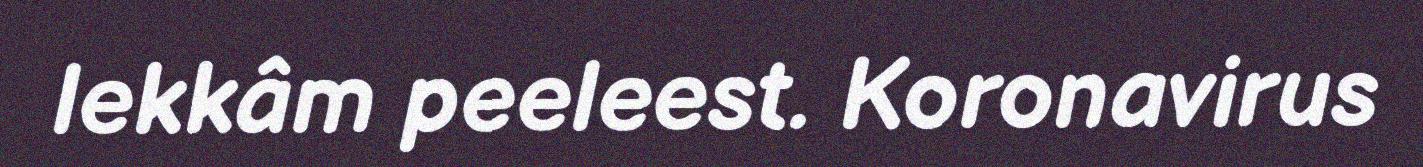
lekkâm peeleest. Koronavirus